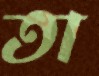
তা